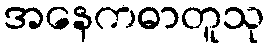
အနေကဓာတူသု